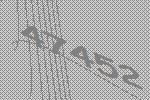
47452